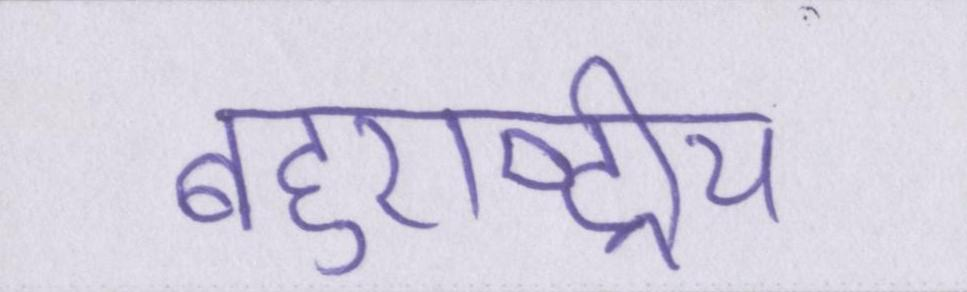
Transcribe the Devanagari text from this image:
बहुराष्ट्रीय